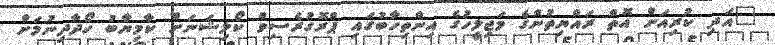
"އަދި ކުރިއަށް އޮތް ރައްޔިތުންގެ މަޖިލީހުގެ އިންތިހާބުގައި ޕްރޮގުރެސިވް ކޯލިޝަނަށް ކާމިޔާބު ހޯދާދިނުމަށް